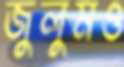
জুলুমও